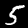
Label: 5